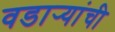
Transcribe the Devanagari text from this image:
वडार्‍यांची